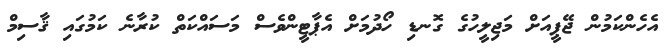
އެހެެންކަމުން ޖޭޕީއަށް މަޖިލީހުގެ ގޮނޑި ހޯދުމަށް އެޕާޓީންވެސް މަސައްކަތް ކުރާނެ ކަމުގައި ޤާސިމް